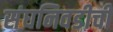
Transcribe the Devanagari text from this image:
संघनिवडीची